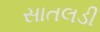
સાતલડી